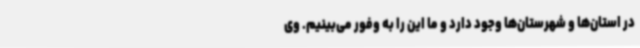
در استان‌ها و شهرستان‌ها وجود دارد و ما این را به وفور می‌بینیم. وی